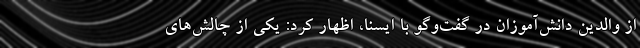
از والدین دانش‌آموزان در گفت‌وگو با ایسنا، اظهار کرد: یکی از چالش‌های